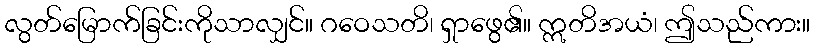
လွတ်မြောက်ခြင်းကိုသာလျှင်။ ဂဝေသတိ၊ ရှာဖွေ၏။ ဣတိအယံ၊ ဤသည်ကား။